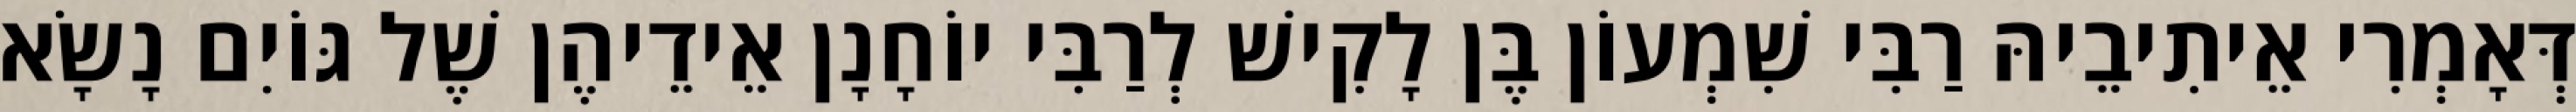
דְּאָמְרִי אֵיתִיבֵיהּ רַבִּי שִׁמְעוֹן בֶּן לָקִישׁ לְרַבִּי יוֹחָנָן אֵידֵיהֶן שֶׁל גּוֹיִם נָשָׂא